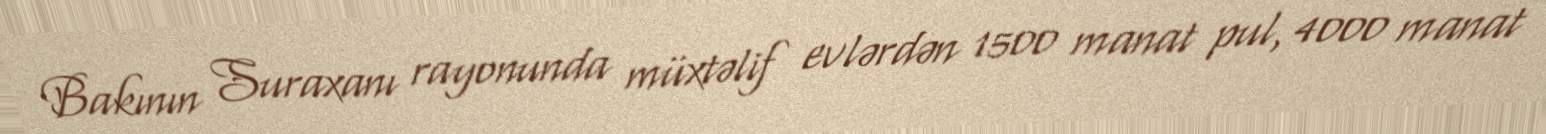
Bakının Suraxanı rayonunda müxtəlif evlərdən 1500 manat pul, 4000 manat